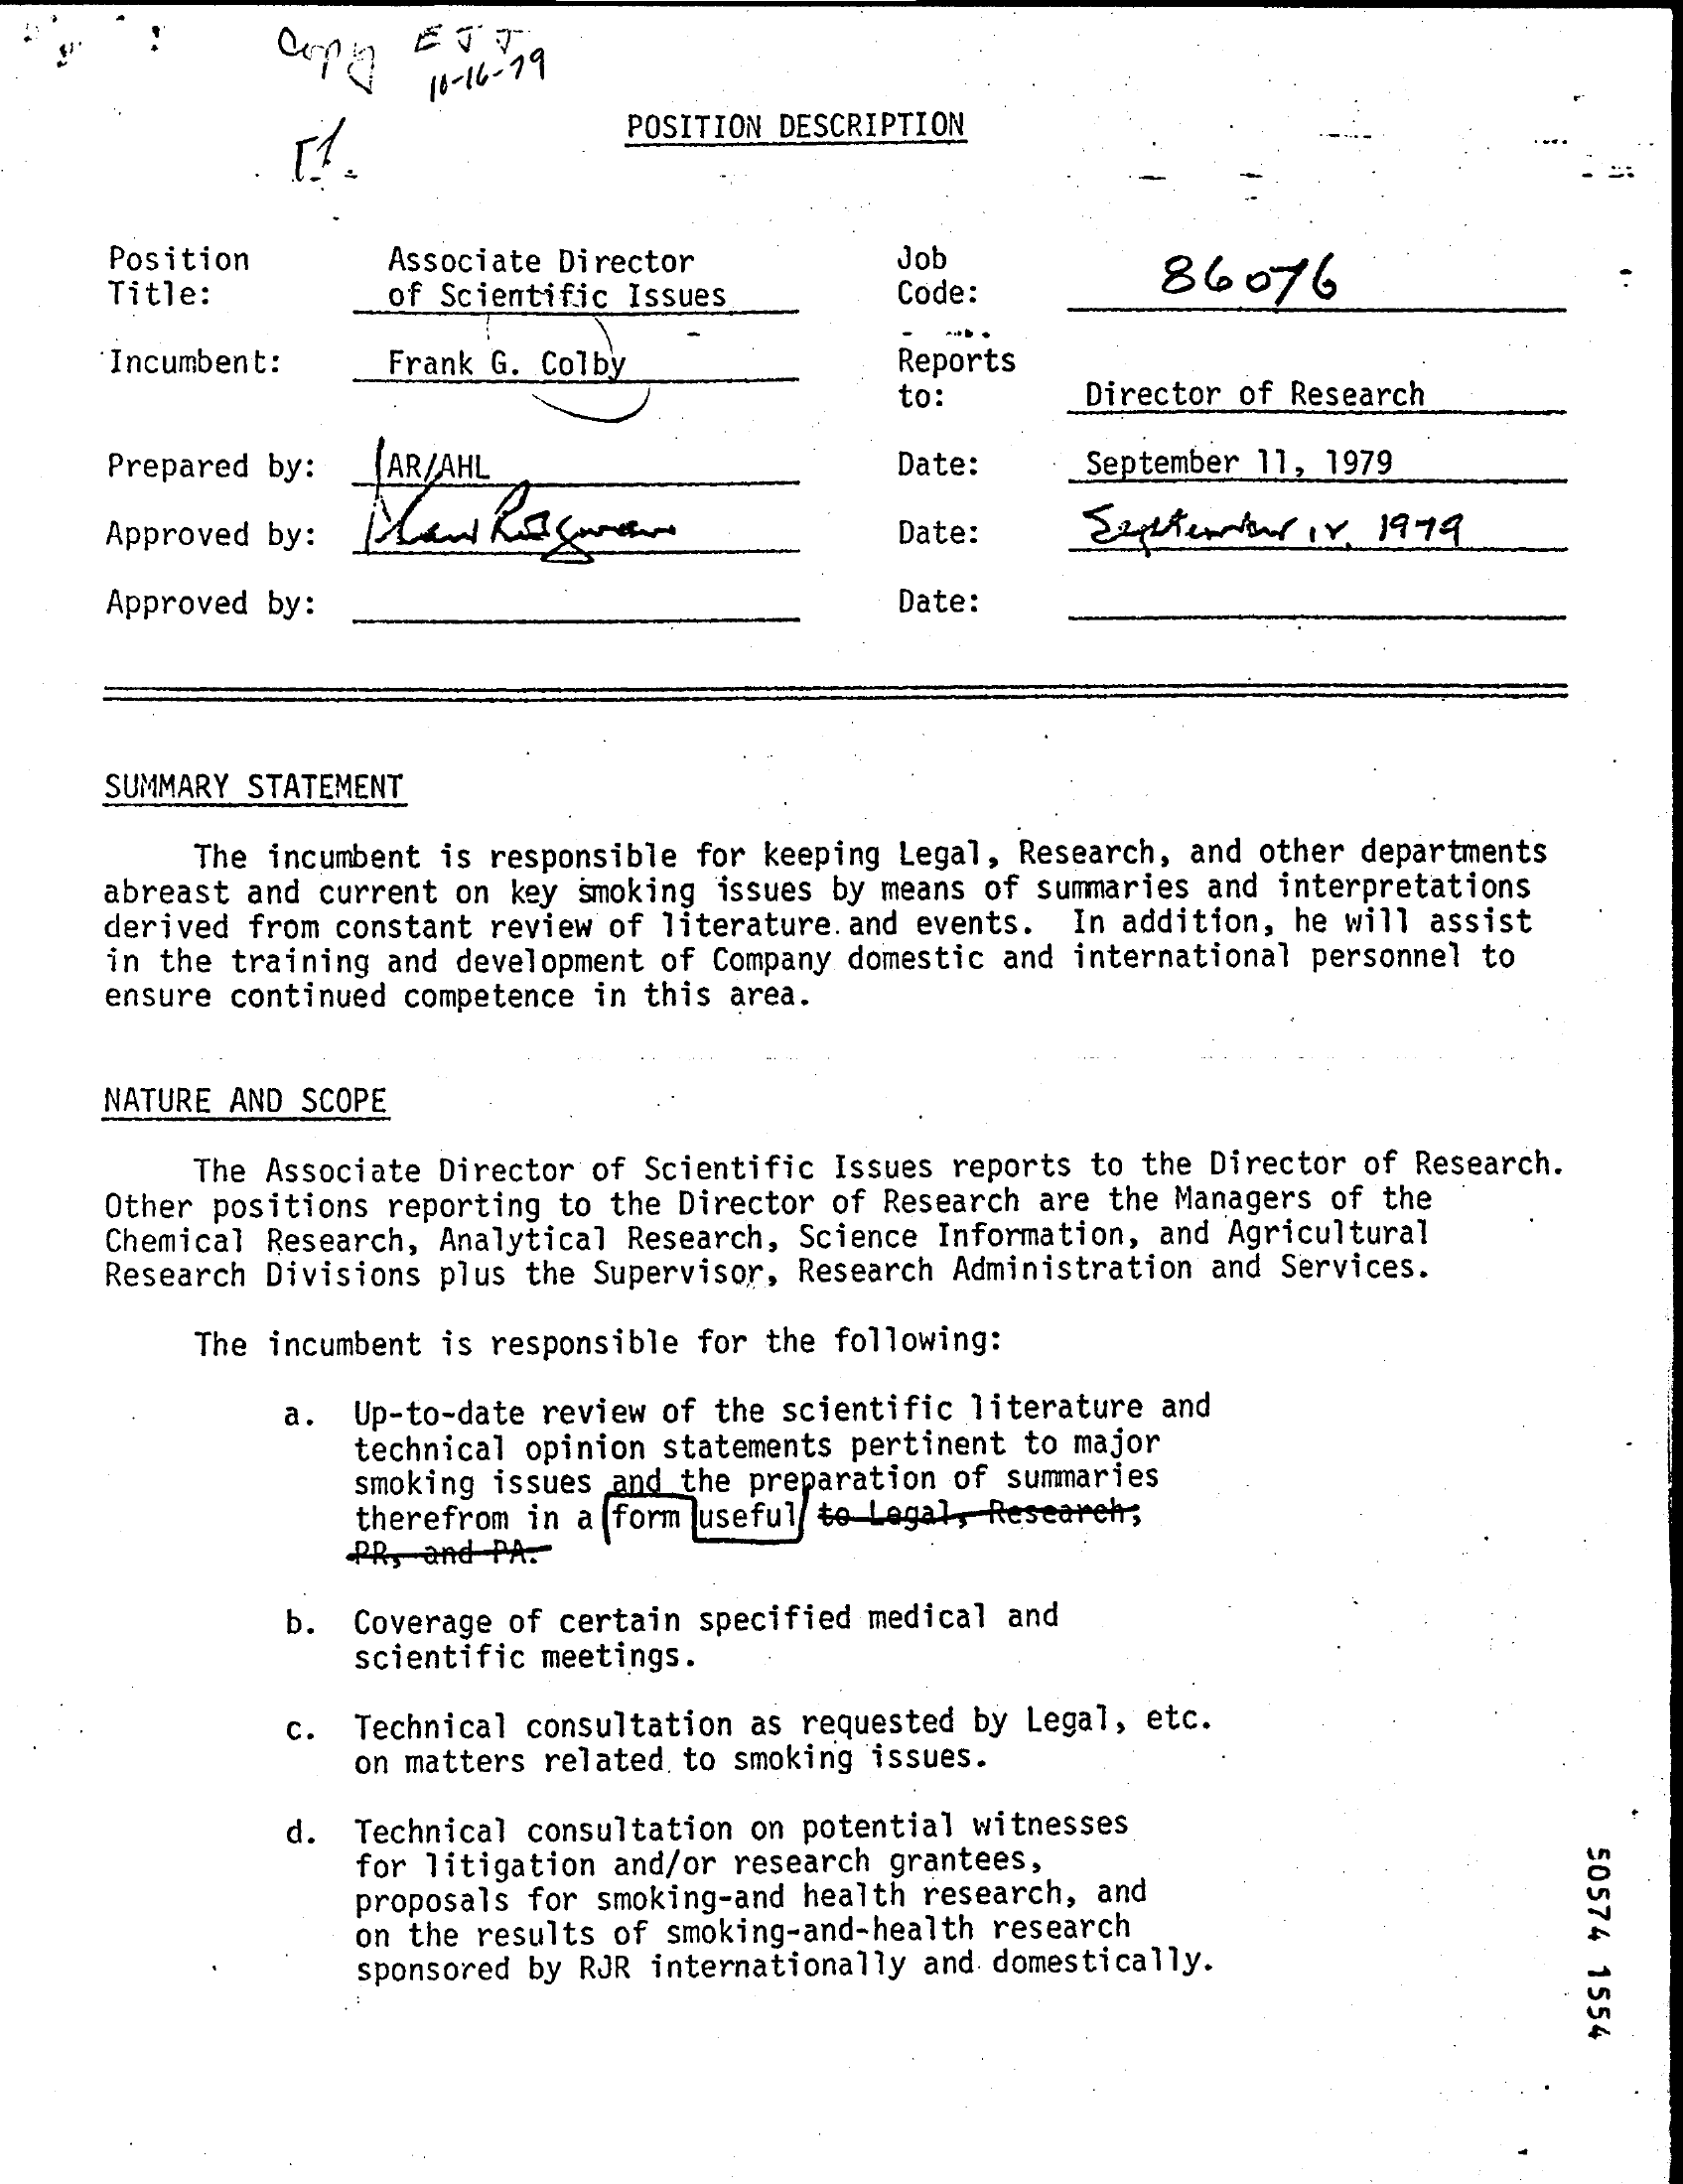
10- 16-79
     POSITION DESCRIPTION
     Position
     Title:
     Associate Director    Job
     of Scientific Issues    Code:    86076
     'Incumbent:   Frank G. Colby    Reports
     to:    Director of Research
     Prepared by: _AR/AHL    Date:    September 11, 1979
     Approved by:    Date:
     Approved by:    Date:
     SUMMARY STATEMENT
     The incumbent is responsible for keeping Legal, Research, and other departments
     abreast and current on key smoking issues by means of summaries and interpretations
     derived from constant review of literature. and events. In addition, he will assist
     in the training and development of Company domestic and international personnel to
     ensure continued competence in this area.
     NATURE AND SCOPE
     The Associate Director of Scientific Issues reports to the Director of Research.
     Other positions reporting to the Director of Research are the Managers of the
     Chemical Research, Analytical Research, Science Information, and Agricultural
     Research Divisions plus the Supervisor, Research Administration and Services.
     The incumbent is responsible for the following:
     a. Up-to-date review of the scientific literature and
     technical opinion statements pertinent to major
     smoking issues and the preparation of summaries
     therefrom in a form useful to Legal, Research;
     PR, and PA."
     b. Coverage of certain specified medical and
     scientific meetings.
     c. Technical consultation as requested by Legal, etc.
     on matters related to smoking issues.
     d. Technical consultation on potential witnesses
     for litigation and/or research grantees,
     50574
     1554
     proposals for smoking-and health research, and
     on the results of smoking-and-health research
     sponsored by RJR internationally and domestically.